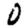
Digit: 0